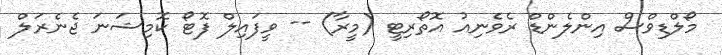
މޯލްޑިވްސް އިންލެންޑް ރެވެނިއު އޮތޯރިޓީ (މީރާ) -- ވީފައިލް ފޮޓޯ ކޮމިޝަނަ ޖެނެރަލް